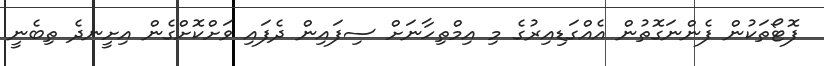
ފޮޓޯތަކުން ފެންނަގޮތުން އެއްގަޑިއިރުގެ މި އިމްތިހާނަށް ސިފައިން ދެފައި ވަށްކޮށްގެން އިށީނދެ ތިބެނީ